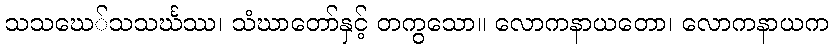
သသဃေ်သသင်္ဃဿ၊ သံဃာတော်နှင့် တကွသော။ လောကနာယတော၊ လောကနာယက